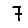
Digit: 7